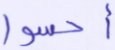
أحسوا